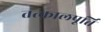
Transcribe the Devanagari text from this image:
तत्कालपूर्ति